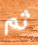
ثم